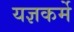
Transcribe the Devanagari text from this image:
यज्ञकर्मे